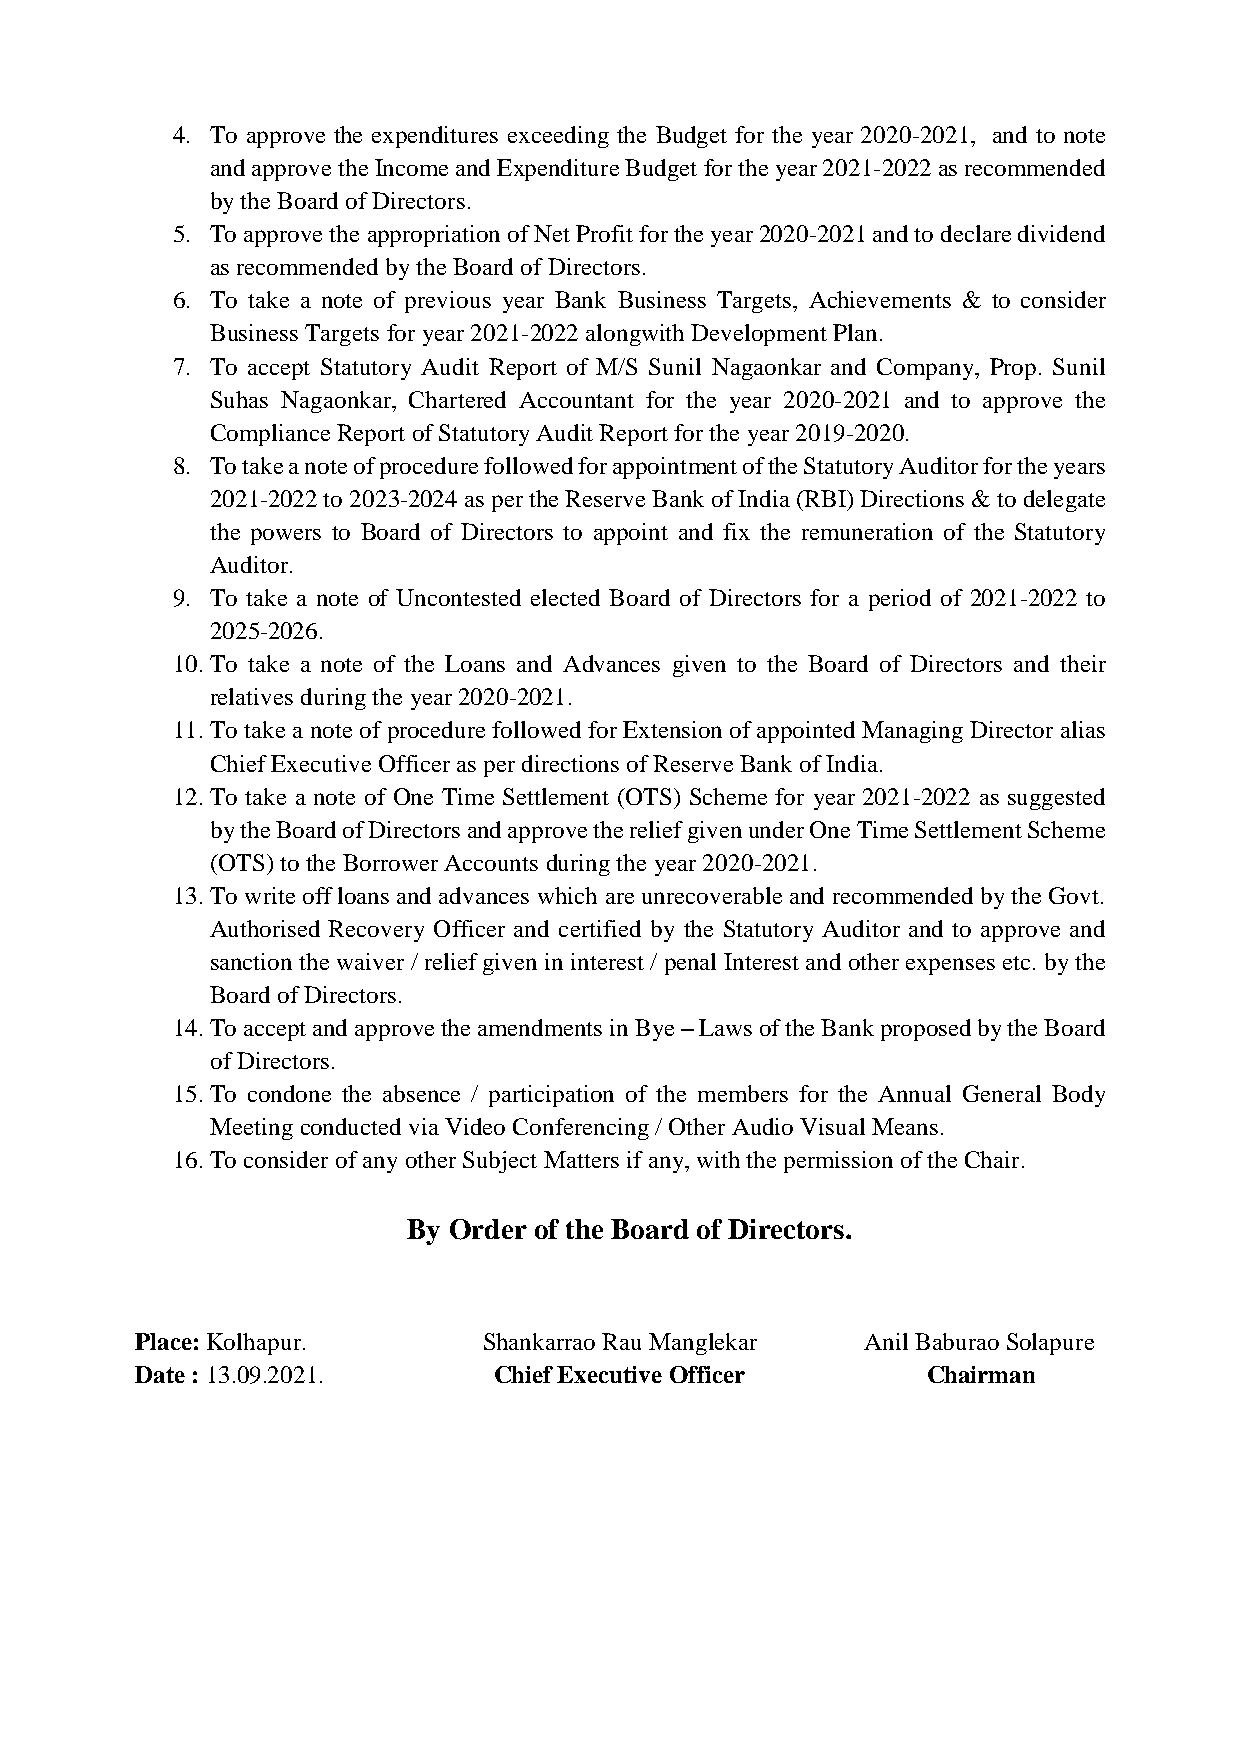
4. To approve the expenditures exceeding the Budget for the year 2020-2021, and to note
 and approve the Income and Expenditure Budget for the year 2021-2022 as recommended
 by the Board of Directors.
 5. To approve the appropriation of Net Profit for the year 2020-2021 and to declare dividend
 as recommended by the Board of Directors.
 6. To take a note of previous year Bank Business Targets, Achievements & to consider
 Business Targets for year 2021-2022 alongwith Development Plan.
 7. To accept Statutory Audit Report of M/S Sunil Nagaonkar and Company, Prop. Sunil
 Suhas Nagaonkar, Chartered Accountant for the year 2020-2021 and to approve the
 Compliance Report of Statutory Audit Report for the year 2019-2020.
 8. To take a note of procedure followed for appointment of the Statutory Auditor for the years
 2021-2022 to 2023-2024 as per the Reserve Bank of India (RBI) Directions & to delegate
 the powers to Board of Directors to appoint and fix the remuneration of the Statutory
 Auditor.
 9. To take a note of Uncontested elected Board of Directors for a period of 2021-2022 to
 2025-2026.
 10. To take a note of the Loans and Advances given to the Board of Directors and their
 relatives during the year 2020-2021.
 11. To take a note of procedure followed for Extension of appointed Managing Director alias
 Chief Executive Officer as per directions of Reserve Bank of India.
 12. To take a note of One Time Settlement (OTS) Scheme for year 2021-2022 as suggested
 by the Board of Directors and approve the relief given under One Time Settlement Scheme
 (OTS) to the Borrower Accounts during the year 2020-2021.
 13. To write off loans and advances which are unrecoverable and recommended by the Govt.
 Authorised Recovery Officer and certified by the Statutory Auditor and to approve and
 sanction the waiver / relief given in interest / penal Interest and other expenses etc. by the
 Board of Directors.
 14. To accept and approve the amendments in Bye – Laws of the Bank proposed by the Board
 of Directors.
 15. To condone the absence / participation of the members for the Annual General Body
 Meeting conducted via Video Conferencing / Other Audio Visual Means.
 16. To consider of any other Subject Matters if any, with the permission of the Chair.
 By Order of the Board of Directors.
 Place: Kolhapur.       Shankarrao Rau Manglekar Anil Baburao Solapure
 Date : 13.09.2021.      Chief Executive Officer     Chairman